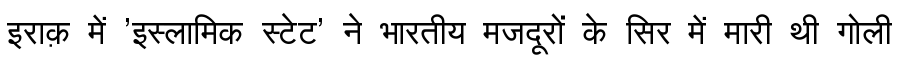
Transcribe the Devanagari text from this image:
इराक़ में 'इस्लामिक स्टेट' ने भारतीय मजदूरों के सिर में मारी थी गोली